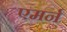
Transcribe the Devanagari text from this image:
एमर्न